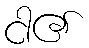
ငါ၏